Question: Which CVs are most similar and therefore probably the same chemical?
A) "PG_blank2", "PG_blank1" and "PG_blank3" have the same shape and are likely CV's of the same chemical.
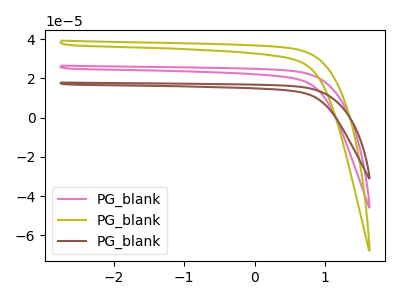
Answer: <think>The pink curve "PG_blank1" has no peaks. The olive curve "PG_blank2" has no peaks. The brown curve "PG_blank3" has no peaks.
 Neither "PG_blank1" or "PG_blank2" have any peaks. Neither "PG_blank1" or "PG_blank3" have any peaks. Neither "PG_blank2" or "PG_blank3" have any peaks.</think>
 <answer>A) "PG_blank2", "PG_blank1" and "PG_blank3" have the same shape and are likely CV's of the same chemical.</answer>
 <eval>A</eval>